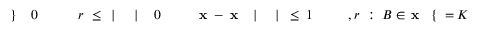
K \! \! \! \! \! \! \! \! \! \! \! \! = \! \! \! \! \! \! \! \! \! \! \! \! \{ \! \! \! \! \! \! \! \! \! \! \! \! \mathbf { x } \! \! \! \! \! \! \! \! \! \! \! \! \in \! \! \! \! \! \! \! \! \! \! \! \! B \! \! \! \! \! \! \! \! \! \! \! \! : \! \! \! \! \! \! \! \! \! \! \! \! , r \! \! \! \! \! \! \! \! \! \! \! \! _ { \! } \! \! \! \! \! \! \! \! \! \! \! 1 \! \! \! \! \! \! \! \! \! \! \! \! \leq \! \! \! \! \! \! \! \! \! \! \! \! | \! \! \! \! \! \! \! \! \! \! \! \! | \! \! \! \! \! \! \! \! \! \! \! \! \mathbf { x } \! \! \! \! \! \! \! \! \! \! \! \! - \! \! \! \! \! \! \! \! \! \! \! \! \mathbf { x } \! \! \! \! \! \! \! \! \! \! \! \! _ { \! } \! \! \! \! \! \! \! \! \! \! \! 0 \! \! \! \! \! \! \! \! \! \! \! \! | \! \! \! \! \! \! \! \! \! \! \! \! | \! \! \! \! \! \! \! \! \! \! \! \! \leq \! \! \! \! \! \! \! \! \! \! \! \! r \! \! \! \! \! \! \! \! \! \! \! \! _ { \! } \! \! \! \! \! \! \! \! \! \! \! 0 \! \! \! \! \! \! \! \! \! \! \! \! \} \! \! \! \! \! \! \! \! \! \! \!